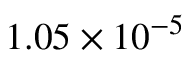
1 . 0 5 \times 1 0 ^ { - 5 }